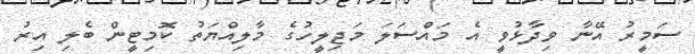
ސަމީރު އޭނާ ވިދާޅުވީ އެ މައްސަލަ މަޖިލީހުގެ މާލިއްޔަތު ކޮމިޓީން ބެލި އިރު